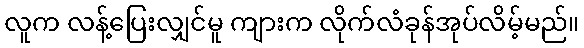
လူက လန့်ပြေးလျှင်မူ ကျားက လိုက်လံခုန်အုပ်လိမ့်မည်။